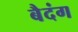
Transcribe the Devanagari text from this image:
बैदंग